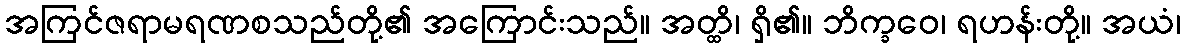
အကြင်ဇရာမရဏစသည်တို့၏ အကြောင်းသည်။ အတ္ထိ၊ ရှိ၏။ ဘိက္ခဝေ၊ ရဟန်းတို့။ အယံ၊